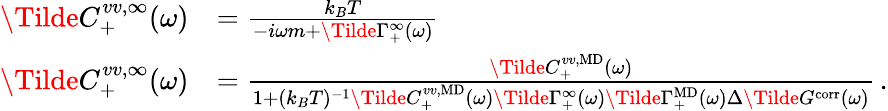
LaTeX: \begin{array}{rl}{\Tilde{C}_{+}^{vv,\infty}(\omega)}&{=\frac{k_{B}T}{-i\omega m+\Tilde{\Gamma}_{+}^{\infty}(\omega)}}\\ {\Tilde{C}_{+}^{vv,\infty}(\omega)}&{=\frac{\Tilde{C}_{+}^{vv,\mathrm{MD}}(\omega)}{1+(k_{B}T)^{-1}\Tilde{C}_{+}^{vv,\mathrm{MD}}(\omega)\Tilde{\Gamma}_{+}^{\infty}(\omega)\Tilde{\Gamma}_{+}^{\mathrm{MD}}(\omega)\Delta\Tilde{G}^{\mathrm{corr}}(\omega)}\, .}\end{array}